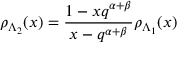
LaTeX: \rho _ { \Lambda _ { 2 } } ( x ) = \frac { 1 - x q ^ { \alpha + \beta } } { x - q ^ { \alpha + \beta } } \rho _ { \Lambda _ { 1 } } ( x )